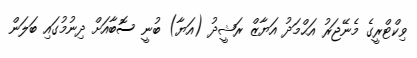
ވިކްޓްރީގެ މެނޭޖަރު އަޙްމަދު އަޔާޒް ރަޝީދު (އަޔާ) ބުނީ ސޮބާއަށް ދިނުމުގައި ބަލަން